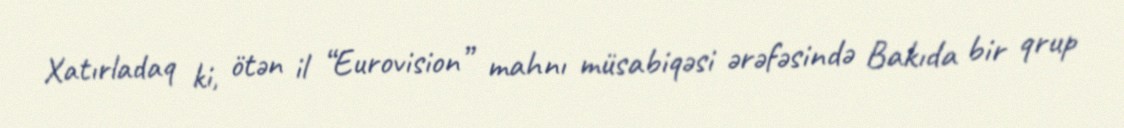
Xatırladaq ki, ötən il “Eurovision” mahnı müsabiqəsi ərəfəsində Bakıda bir qrup